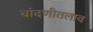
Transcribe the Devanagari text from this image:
चांदणीतलाव